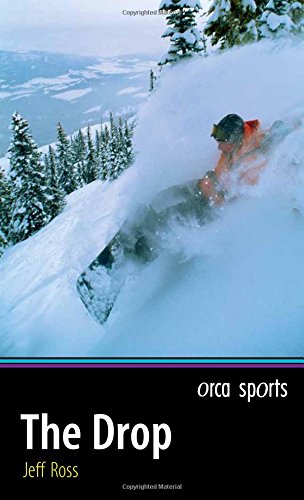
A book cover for The Drop (Orca Sports); Jeff Ross; Children's Books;